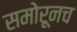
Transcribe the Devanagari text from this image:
समोरूनच